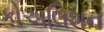
કોઅલિશન